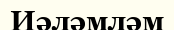
Иәләмләм